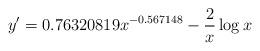
LaTeX: \begin{align*}y'=0.76320819x^{-0.567148}-\frac{2}{x}\log x\end{align*}